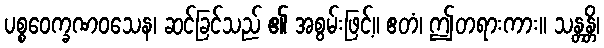
ပစ္စဝေက္ခဏဝသေန၊ ဆင်ခြင်သည် ၏ အစွမ်းဖြင့်။ ဧတံ၊ ဤတရားကား။ သန္တန္တိ၊